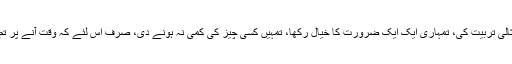
میں نے تو جہاں تک ہوسکے تمہاری مثالی تربیت کی، تمہاری ایک ایک ضرورت کا خیال رکھا، تمہیں کسی چیز کی کمی نہ ہونے دی، صرف اس لئے کہ وقت آنے پر تم بھی اپنے فرض سے انکار نہ کر سکو۔